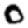
Digit: 0